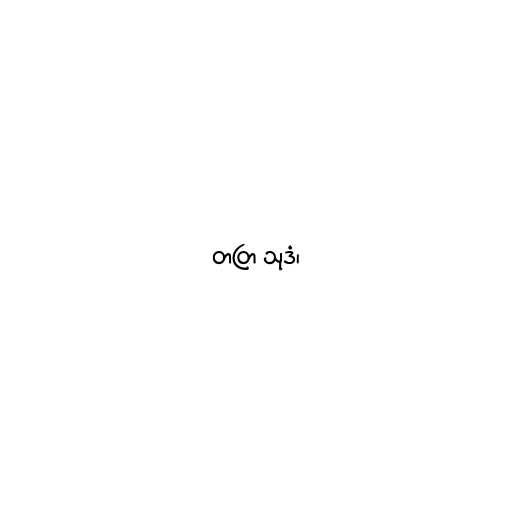
တတြ သုဒံ၊